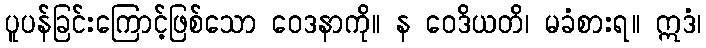
ပူပန်ခြင်းကြောင့်ဖြစ်သော ဝေဒနာကို။ န ဝေဒိယတိ၊ မခံစားရ။ ဣဒံ၊